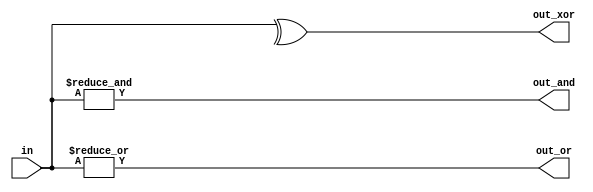
`timescale 1ns/1ns

module top_module( 
    input [4:0] in,
    output out_and,
    output out_or,
    output out_xor
);
assign out_and=&in;
assign out_or=|in;
assign out_xor=^in;
endmodule